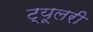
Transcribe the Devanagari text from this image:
ट्यूलरी